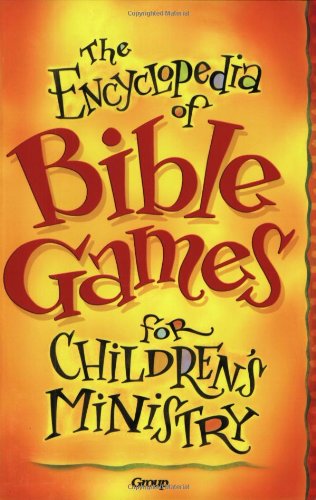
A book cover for The Encyclopedia of Bible Games for Children's Ministry; Group Publishing; Christian Books & Bibles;